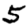
Digit: 5